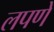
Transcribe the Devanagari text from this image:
लपणे